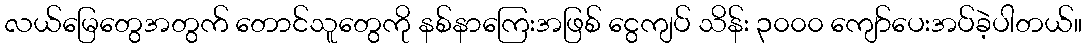
လယ်မြေတွေအတွက် တောင်သူတွေကို နစ်နာကြေးအဖြစ် ငွေကျပ် သိန်း ၃၀၀၀ ကျော်ပေးအပ်ခဲ့ပါတယ်။